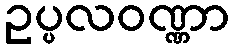
ဥပ္ပလဝဏ္ဏာ